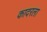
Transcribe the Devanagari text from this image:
कादरला